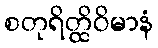
စတုရိတ္ထိဝိမာနံ